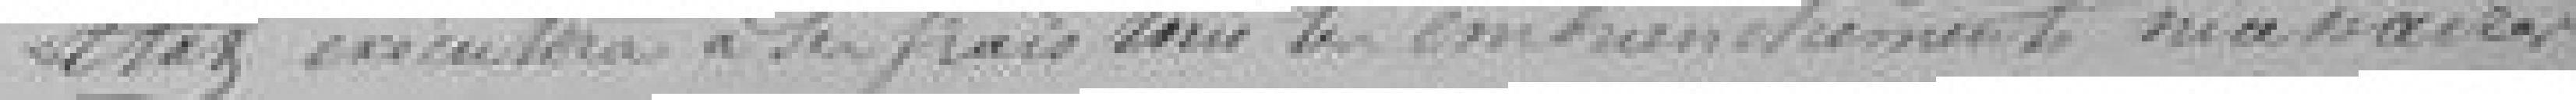
Etat exécutera à ses frais tous les embranchements nécessaires.